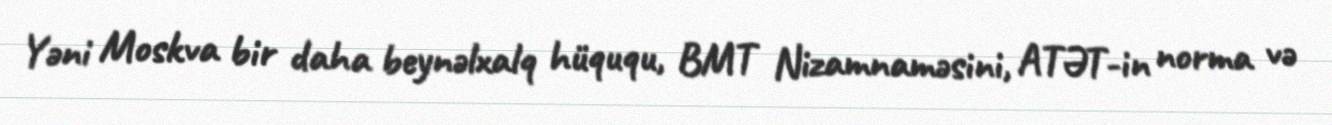
Yəni Moskva bir daha beynəlxalq hüququ, BMT Nizamnaməsini, ATƏT-in norma və